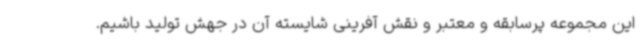
این مجموعه پرسابقه و معتبر و نقش آفرینی شایسته آن در جهش تولید باشیم.